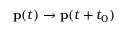
\mathbf { p } ( t ) \rightarrow \mathbf { p } ( t + t _ { 0 } )